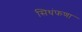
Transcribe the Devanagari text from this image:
सिधंफणा